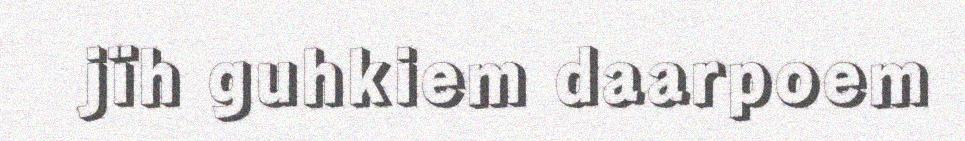
jïh guhkiem daarpoem